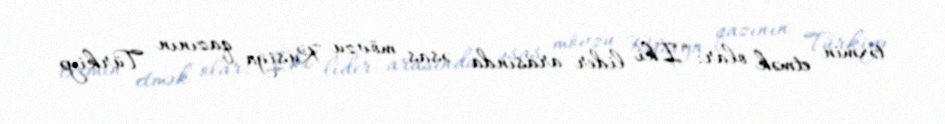
təxmin etmək olar: “İki lider arasında əsas mövzu Rusiya qazının Türkiyə